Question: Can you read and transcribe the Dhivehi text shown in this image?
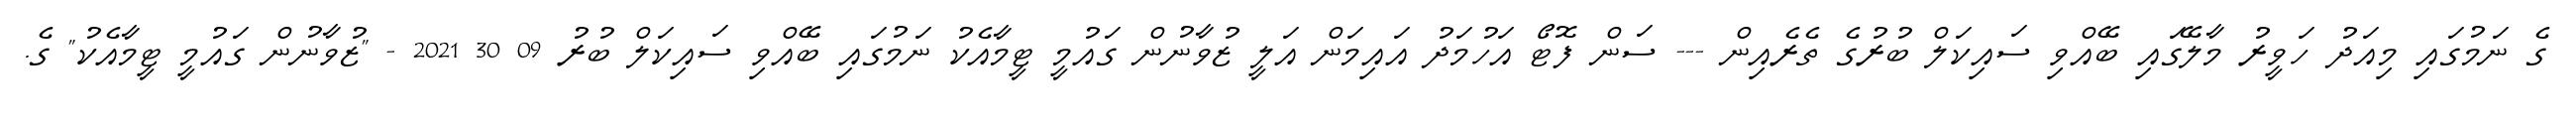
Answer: ގެ ނަމުގައި މިއަދު ހަވީރު މާލޭގައި ބޭއްވި ސައިކަލް ބުރުގެ ތެރެއިން --- ސަން ފޮޓޯ އަހުމަދު އައިމަން އަލީ ޒުވާނުން ގައުމީ ޓީމާއެކު ނަމުގައި ބޭއްވި ސައިކަލް ބުރު 09 30 2021 - "ޒުވާނުން ގައުމީ ޓީމާއެކު" ގެ.